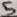
Text: 5